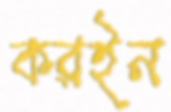
করইন